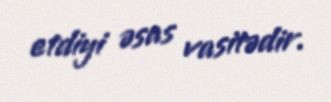
etdiyi əsas vasitədir.